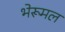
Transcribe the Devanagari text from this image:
भेरूमल